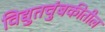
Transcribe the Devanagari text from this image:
विद्युतचुंबकीतील